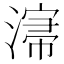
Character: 𣼡